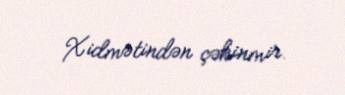
Xidmətindən çəkinmir.